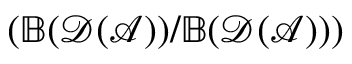
( \mathbb { B } ( \mathcal { D } ( \mathcal { A } ) ) / \mathbb { B } ( \mathcal { D } ( \mathcal { A } ) ) )